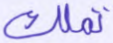
تملك